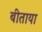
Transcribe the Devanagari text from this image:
बीताया